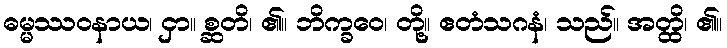
ဓမ္မဿဝနာယ၊ ငှာ။ စ္ဆတိ၊ ၏။ ဘိက္ခဝေ၊ တို့။ ဧတံသဂနံ၊ သည်။ အတ္ထိ၊ ၏။